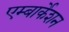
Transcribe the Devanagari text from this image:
एम्बार्केशन